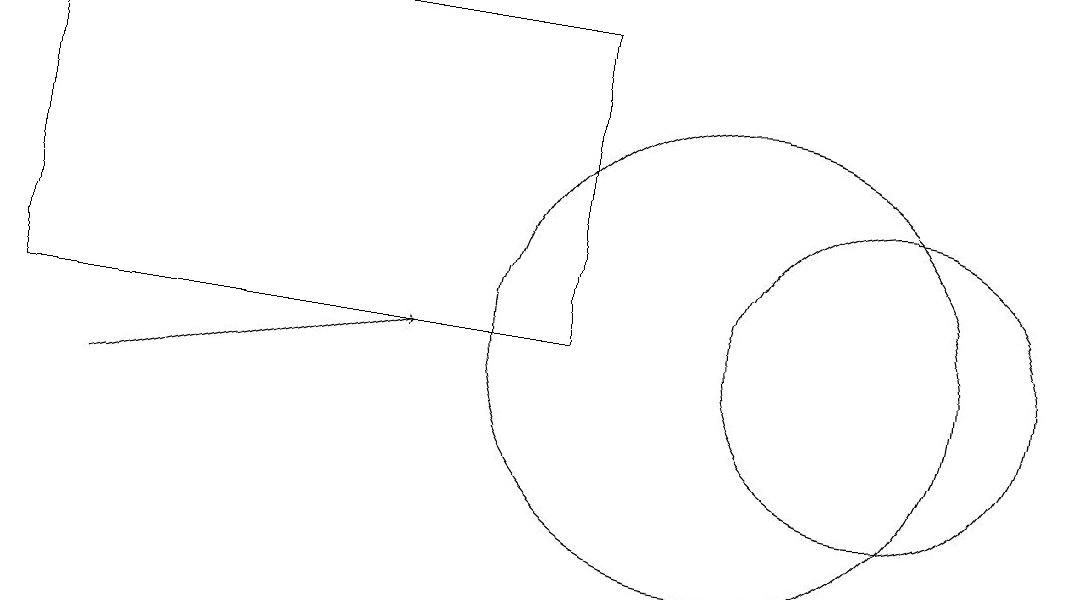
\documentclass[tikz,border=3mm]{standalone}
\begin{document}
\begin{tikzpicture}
\draw (10,11) circle (3);
\draw (8,11) rectangle (1,15);
\draw (12,11) circle (2);
\draw[->] (2,10) -- (6,11);
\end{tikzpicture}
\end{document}